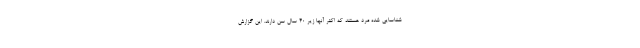
شناسایی شده مرد هستند که اکثر آنها زیر ۴۰ سال سن دارند. این گزارش